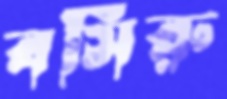
বসিরু